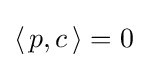
\langle \,p,c\,\rangle =0